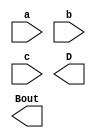
`timescale 1ns / 1ps
//////////////////////////////////////////////////////////////////////////////////
// Company: 
// Engineer: 
// 
// Design Name: 
// Module Name: FULL_SUBTRACTOR
// Project Name: 
// Target Devices: 
// Tool Versions: 
// Description: 
// 
// Dependencies: 
// 
// Revision:
// Revision 0.01 - File Created
// Additional Comments:
// 
//////////////////////////////////////////////////////////////////////////////////


module full_subtractor(a, b, c,D, Bout);
input a, b, c;
output D, Bout;
                               //Write the logic for full adder in Dataflow modeling
  
endmodule